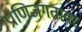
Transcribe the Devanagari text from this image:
प्राणिजगतावर